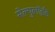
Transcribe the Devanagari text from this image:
सेल्युलॉईड